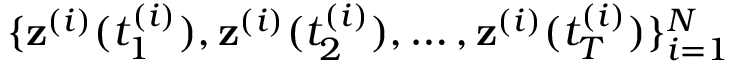
\{ \mathbf { z } ^ { ( i ) } ( t _ { 1 } ^ { ( i ) } ) , \mathbf { z } ^ { ( i ) } ( t _ { 2 } ^ { ( i ) } ) , \ldots , \mathbf { z } ^ { ( i ) } ( t _ { T } ^ { ( i ) } ) \} _ { i = 1 } ^ { N }